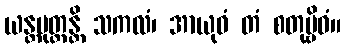
ယန္တမုတ္တန္တိ သကလံ၊ အာယုဓံ တံ စတုဗ္ဗိဓံ။